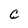
Character: C